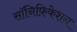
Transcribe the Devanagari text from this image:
सॉनिफ़िकेशन